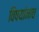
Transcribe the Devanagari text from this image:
विषयांनाच